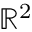
\textstyle \mathbb { R } ^ { 2 }